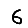
Digit: 6